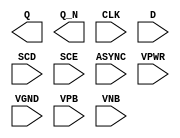
module sky130_fd_sc_lp__sregsbp (
    Q    ,
    Q_N  ,
    CLK  ,
    D    ,
    SCD  ,
    SCE  ,
    ASYNC,
    VPWR ,
    VGND ,
    VPB  ,
    VNB
);

    output Q    ;
    output Q_N  ;
    input  CLK  ;
    input  D    ;
    input  SCD  ;
    input  SCE  ;
    input  ASYNC;
    input  VPWR ;
    input  VGND ;
    input  VPB  ;
    input  VNB  ;
endmodule